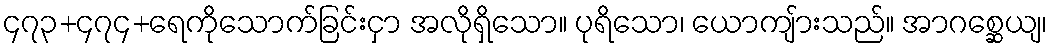
၄၇၃+၄၇၄+ရေကိုသောက်ခြင်းငှာ အလိုရှိသော။ ပုရိသော၊ ယောကျ်ားသည်။ အာဂစ္ဆေယျ၊